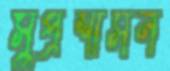
সুপ্রশাসন